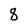
Character: 8